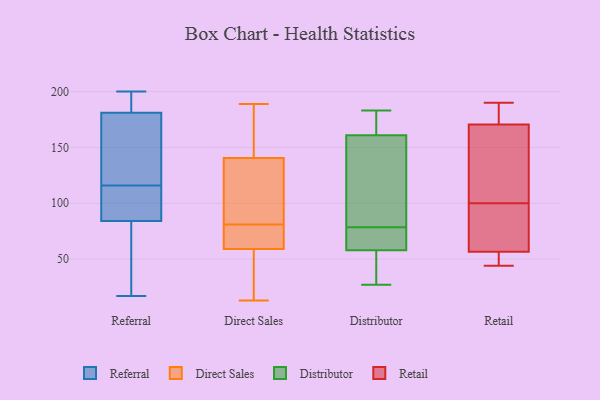
{"axis": {"x": "Latency (ms)", "y": "Value"}, "legend": ["Direct Sales", "Distributor", "Referral", "Retail"], "data": [{"x": "", "y": 84, "type": "Referral"}, {"x": "", "y": 200, "type": "Referral"}, {"x": "", "y": 122, "type": "Referral"}, {"x": "", "y": 190, "type": "Referral"}, {"x": "", "y": 17, "type": "Referral"}, {"x": "", "y": 181, "type": "Referral"}, {"x": "", "y": 103, "type": "Referral"}, {"x": "", "y": 192, "type": "Referral"}, {"x": "", "y": 146, "type": "Referral"}, {"x": "", "y": 101, "type": "Referral"}, {"x": "", "y": 81, "type": "Referral"}, {"x": "", "y": 110, "type": "Referral"}, {"x": "", "y": 199, "type": "Referral"}, {"x": "", "y": 53, "type": "Referral"}, {"x": "", "y": 158, "type": "Referral"}, {"x": "", "y": 91, "type": "Referral"}, {"x": "", "y": 23, "type": "Referral"}, {"x": "", "y": 141, "type": "Referral"}, {"x": "", "y": 59, "type": "Direct Sales"}, {"x": "", "y": 81, "type": "Direct Sales"}, {"x": "", "y": 138, "type": "Direct Sales"}, {"x": "", "y": 149, "type": "Direct Sales"}, {"x": "", "y": 82, "type": "Direct Sales"}, {"x": "", "y": 59, "type": "Direct Sales"}, {"x": "", "y": 86, "type": "Direct Sales"}, {"x": "", "y": 154, "type": "Direct Sales"}, {"x": "", "y": 41, "type": "Direct Sales"}, {"x": "", "y": 76, "type": "Direct Sales"}, {"x": "", "y": 30, "type": "Direct Sales"}, {"x": "", "y": 78, "type": "Direct Sales"}, {"x": "", "y": 143, "type": "Direct Sales"}, {"x": "", "y": 186, "type": "Direct Sales"}, {"x": "", "y": 13, "type": "Direct Sales"}, {"x": "", "y": 33, "type": "Direct Sales"}, {"x": "", "y": 189, "type": "Direct Sales"}, {"x": "", "y": 61, "type": "Direct Sales"}, {"x": "", "y": 97, "type": "Direct Sales"}, {"x": "", "y": 81, "type": "Direct Sales"}, {"x": "", "y": 83, "type": "Distributor"}, {"x": "", "y": 72, "type": "Distributor"}, {"x": "", "y": 183, "type": "Distributor"}, {"x": "", "y": 58, "type": "Distributor"}, {"x": "", "y": 27, "type": "Distributor"}, {"x": "", "y": 33, "type": "Distributor"}, {"x": "", "y": 161, "type": "Distributor"}, {"x": "", "y": 68, "type": "Distributor"}, {"x": "", "y": 64, "type": "Distributor"}, {"x": "", "y": 84, "type": "Distributor"}, {"x": "", "y": 74, "type": "Distributor"}, {"x": "", "y": 149, "type": "Distributor"}, {"x": "", "y": 174, "type": "Distributor"}, {"x": "", "y": 54, "type": "Distributor"}, {"x": "", "y": 34, "type": "Distributor"}, {"x": "", "y": 157, "type": "Distributor"}, {"x": "", "y": 162, "type": "Distributor"}, {"x": "", "y": 183, "type": "Distributor"}, {"x": "", "y": 44, "type": "Retail"}, {"x": "", "y": 64, "type": "Retail"}, {"x": "", "y": 54, "type": "Retail"}, {"x": "", "y": 166, "type": "Retail"}, {"x": "", "y": 100, "type": "Retail"}, {"x": "", "y": 47, "type": "Retail"}, {"x": "", "y": 176, "type": "Retail"}, {"x": "", "y": 172, "type": "Retail"}, {"x": "", "y": 80, "type": "Retail"}, {"x": "", "y": 190, "type": "Retail"}, {"x": "", "y": 149, "type": "Retail"}]}